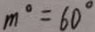
m ^ { \circ } = 6 0 ^ { \circ }